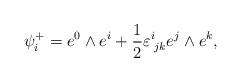
LaTeX: \begin{align*}\psi_i^+ = e^0 \wedge e^i + \frac{1}{2} \varepsilon_{\; jk}^i e^j\wedge e^k, \end{align*}